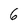
Character: 6